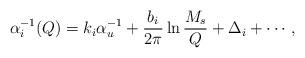
LaTeX: \begin{align*}\alpha _{i}^{-1}(Q) = k_{i}\alpha _{u}^{-1}+\frac{b_{i}}{2\pi } \ln\frac{M_{s}}{Q}+\Delta _{i} +\cdots,\end{align*}